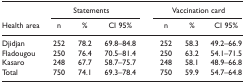
|  | <COLSPAN=3> Statements | <COLSPAN=3> Vaccination card |
 | Health area | n | % | CI 95% | n | % | CI 95% |
 | --- | --- | --- | --- | --- | --- | --- |
 | Djidjan | 252 | 78.2 | 69.8-84.8 | 252 | 58.3 | 49.2-66.9 |
 | Fladougou | 250 | 76.4 | 70.5-81.4 | 250 | 63.2 | 54.1-71.5 |
 | Kasaro | 248 | 67.7 | 58.7-75.7 | 248 | 58.1 | 48.9-66.8 |
 | Total | 750 | 74.1 | 69.3-78.4 | 750 | 59.9 | 54.7-64.8 |